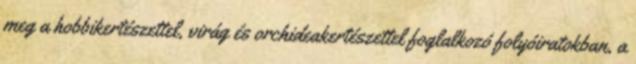
meg a hobbikertészettel, virág és orchideakertészettel foglalkozó folyóiratokban, a